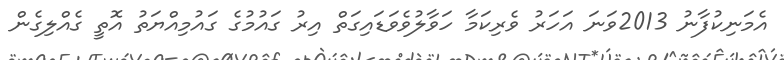
އެމަނިކުފާނު 2013ވަނަ އަހަރު ވެރިކަމާ ހަވާލުވެވަޑައިގަތް އިރު ގައުމުގެ ގައުމިއްޔަތު އޮތީ ގެއްލިގެން